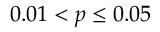
0 . 0 1 < p \leq 0 . 0 5